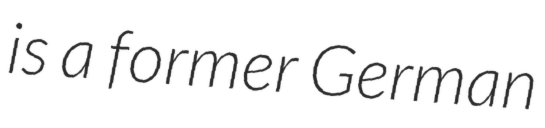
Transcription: is a former German